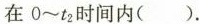
在0~t_{2}时间内( )。